Vaccination in Bombay 1924-1928 - 1924-1928
Year: 1924
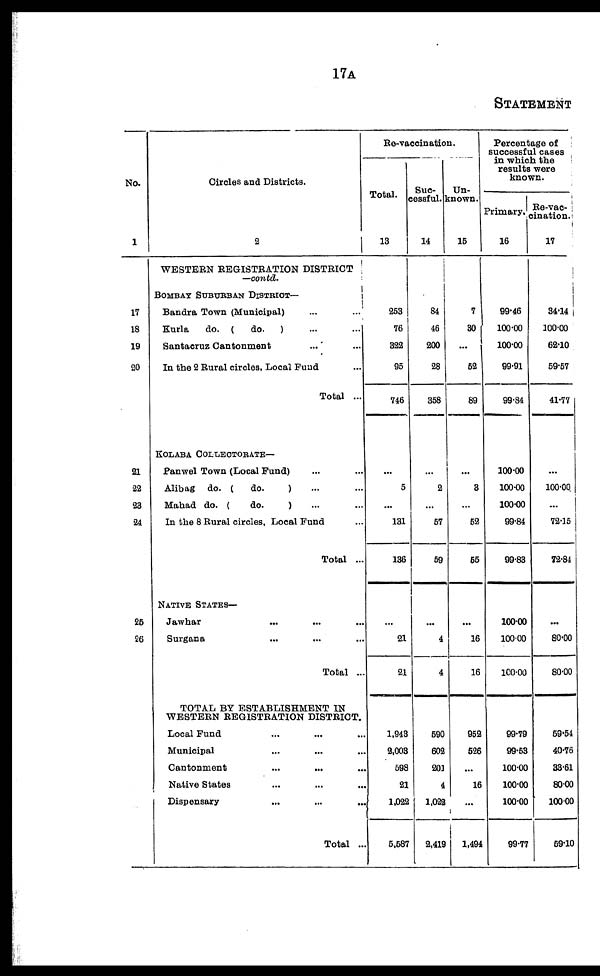
17A
STATEMENT
No.
1
17
18
19
20
21
22
23
24
25
26
Circles and Districts.
2
WESTERN REGISTRATION DISTRICT
—contd.
BOMBAY SUBURBAN DISTRICT—
Bandra Town (Municipal) ... ...
Kurla
do.(do.) ... ...
Santacruz Cantonment ... ...
In the 2 Rural circles, Local Fund ...
Total ...
KOLABA COLLECTORATE—
Panwel Town (Local Fund) ... ...
Alibag do. (do.
) ... ...
Mahad do. (
do.
) ... ...
In the 8 Rural circles, Local Fund ...
Total ...
NATIVE STATES—
Jawhar ... ... ...
Surgana ... ... ...
Total ...
TOTAL BY ESTABLISHMENT IN
WESTERN REGISTRATION DISTRICT.
Local Fund ... ... ...
Municipal ... ... ...
Cantonment ... ... ...
Native States ... ... ...
Dispensary ... ... ...
Total ...
Re-vaccination.
Total.
13
253
76
322
95
746
...
5
...
131
136
...
21
21
1,943
2,003
598
21
1,022
5,587
Suc-
cessful.
14
84
46
200
28
358
...
2
...
57
59
...
4
4
590
602
201
4
1,022
2,419
Un-
known.
15
7
30
...
52
89
...
3
...
52
55
...
16
16
952
526
...
16
...
1,494
Percentage of
successful cases
in which the
results were
known.
Primary.
16
99.46
100.00
100.00
99.91
99.84
100.00
100.00
100.00
99.84
99.83
100.00
100.00
100.00
99.79
99.53
100.00
100.00
100.00
99.77
Re-vac¬
cination.
17
34.14
100.00
62.10
59.57
41.77
...
100.00.
...
72.15
72.84
...
80.00
80.00
59.54
40.76
33.61
80.00
100.00
59.10